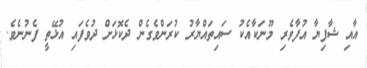
އާއި ޝާފިޔާ އުފާވެރި މޫނަކާއެކު ސައިތައްޔާރު ކުރަންވެގެން ދެކޮޅަށް ދުވެފައި އުޅޭތީ ފެނުނެވެ.